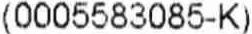
(0005583085-K)